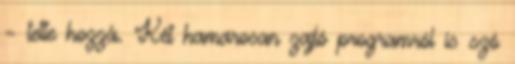
– tette hozzá. Két hamarosan zajló programról is szó